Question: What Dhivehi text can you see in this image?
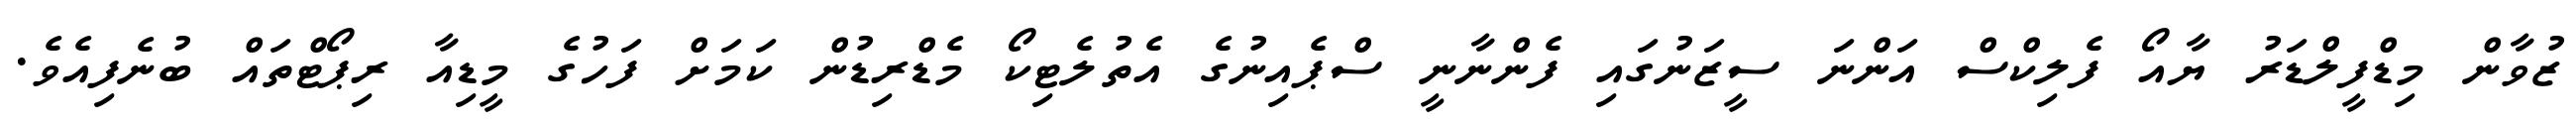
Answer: ޒުވާން މިޑްފީލްޑަރު ޔާއޯ ފެލިކްސް އަންނަ ސީޒަނުގައި ފެންނާނީ ސްޕެއިނުގެ އެތުލެޓިކޯ މެޑްރިޑުން ކަމަށް ފަހުގެ މީޑިއާ ރިޕޯޓްތައް ބުނެފިއެވެ.